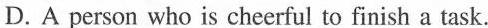
D. A person who is cheerful to finish a task.